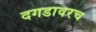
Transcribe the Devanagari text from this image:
दगडावरच